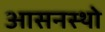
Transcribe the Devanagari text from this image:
आसनस्थो